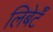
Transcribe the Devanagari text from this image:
लिबेर्टॅ